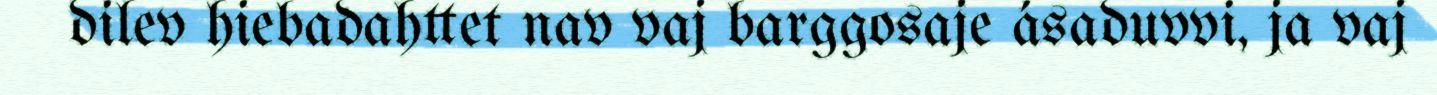
dilev hiebadahttet nav vaj barggosaje ásaduvvi, ja vaj